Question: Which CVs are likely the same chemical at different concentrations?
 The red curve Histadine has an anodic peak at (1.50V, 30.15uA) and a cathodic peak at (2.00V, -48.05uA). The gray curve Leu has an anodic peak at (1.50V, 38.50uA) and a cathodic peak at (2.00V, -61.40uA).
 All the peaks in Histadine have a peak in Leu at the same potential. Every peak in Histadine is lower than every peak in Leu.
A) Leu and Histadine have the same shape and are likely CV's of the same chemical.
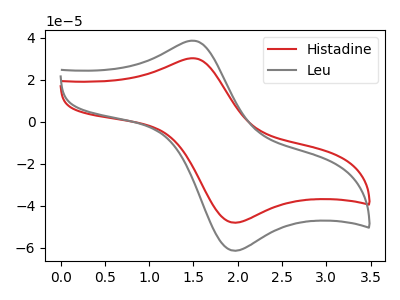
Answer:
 <answer>A) "Leu" and "Histadine" have the same shape and are likely CV's of the same chemical.</answer>
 <eval>A</eval>